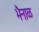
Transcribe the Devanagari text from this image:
भैनाळ